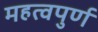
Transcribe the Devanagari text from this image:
महत्‍वपुर्ण